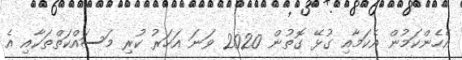
އެހެންކަމުން އެކަމާއި ގުޅޭ ގޮތުން 2020 ވަނަ އަހަރު ކުރި މަސައްކަތްތަކާއި އެ